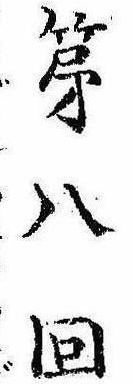
第八回